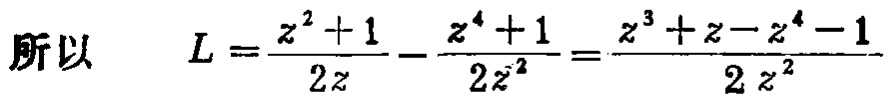
所以 \[ L=\frac{z^{2}+1}{2z}-\frac{z^{4}+1}{2z^{2}}=\frac{z^{3}+z - z^{4}-1}{2z^{2}}\]